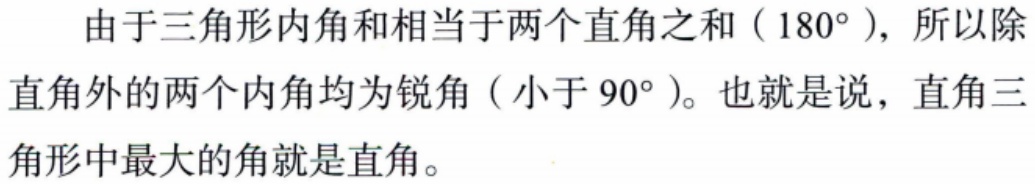
由于三角形内角和相当于两个直角之和（\(180^{\circ}\)），所以除直角外的两个内角均为锐角（小于\(90^{\circ}\)）。也就是说，直角三角形中最大的角就是直角。